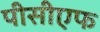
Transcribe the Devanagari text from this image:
पीसीएफ